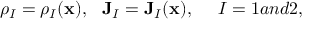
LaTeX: \rho _ { I } = \rho _ { I } ( \mathbf { x } ) , ~ ~ \mathbf { J } _ { I } = \mathbf { J } _ { I } ( \mathbf { x } ) , ~ ~ ~ ~ I = 1 a n d 2 ,